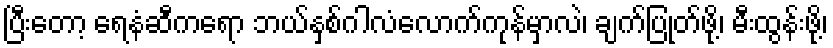
ပြီးတော့ ရေနံဆီကရော ဘယ်နှစ်ဂါလံလောက်ကုန်မှာလဲ၊ ချက်ပြုတ်ဖို့၊ မီးထွန်းဖို့၊